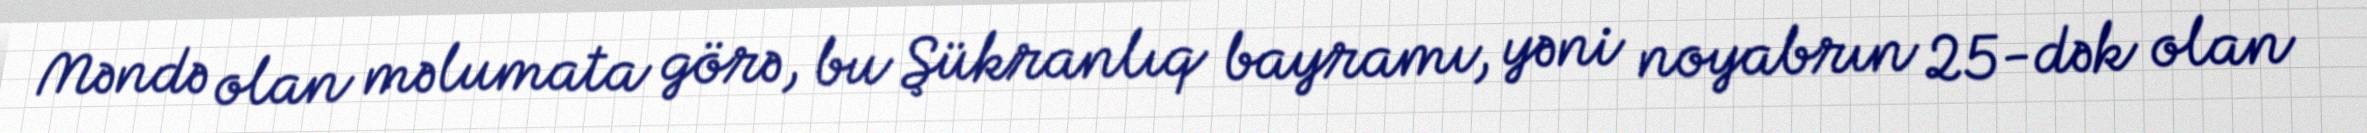
Məndə olan məlumata görə, bu Şükranlıq bayramı, yəni noyabrın 25-dək olan